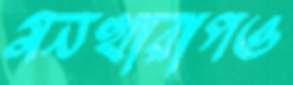
মনখারাপও